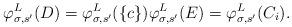
LaTeX: \begin{align*}\varphi^L_{\sigma, s'}(D) = \varphi^L_{\sigma, s'}(\{c\}) \varphi^L_{\sigma, s'}(E) = \varphi^L_{\sigma, s'}(C_i).\end{align*}